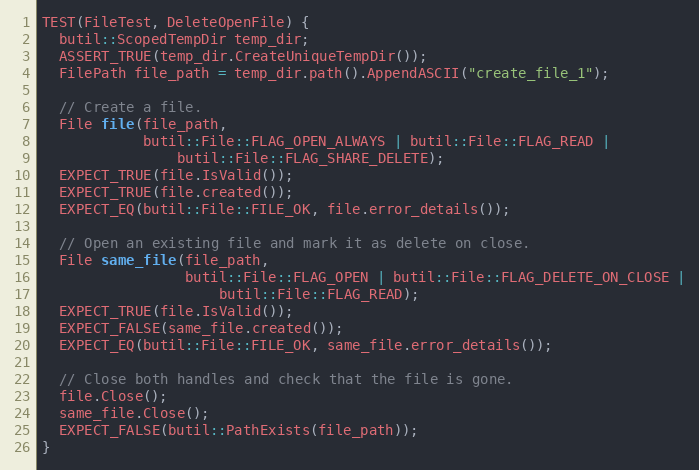
Language: C++
TEST(FileTest, DeleteOpenFile) {
  butil::ScopedTempDir temp_dir;
  ASSERT_TRUE(temp_dir.CreateUniqueTempDir());
  FilePath file_path = temp_dir.path().AppendASCII("create_file_1");

  // Create a file.
  File file(file_path,
            butil::File::FLAG_OPEN_ALWAYS | butil::File::FLAG_READ |
                butil::File::FLAG_SHARE_DELETE);
  EXPECT_TRUE(file.IsValid());
  EXPECT_TRUE(file.created());
  EXPECT_EQ(butil::File::FILE_OK, file.error_details());

  // Open an existing file and mark it as delete on close.
  File same_file(file_path,
                 butil::File::FLAG_OPEN | butil::File::FLAG_DELETE_ON_CLOSE |
                     butil::File::FLAG_READ);
  EXPECT_TRUE(file.IsValid());
  EXPECT_FALSE(same_file.created());
  EXPECT_EQ(butil::File::FILE_OK, same_file.error_details());

  // Close both handles and check that the file is gone.
  file.Close();
  same_file.Close();
  EXPECT_FALSE(butil::PathExists(file_path));
}